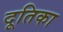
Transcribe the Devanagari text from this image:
दूतिका